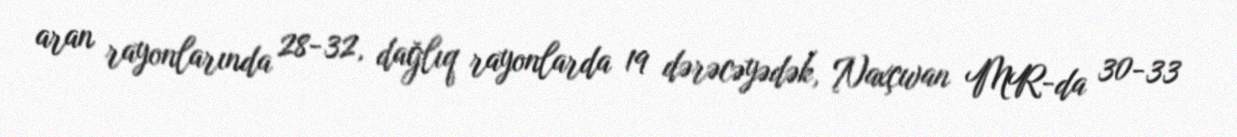
aran rayonlarında 28-32, dağlıq rayonlarda 19 dərəcəyədək, Naxçıvan MR-da 30-33